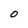
Character: 0